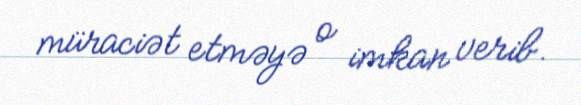
müraciət etməyə o imkan verib.